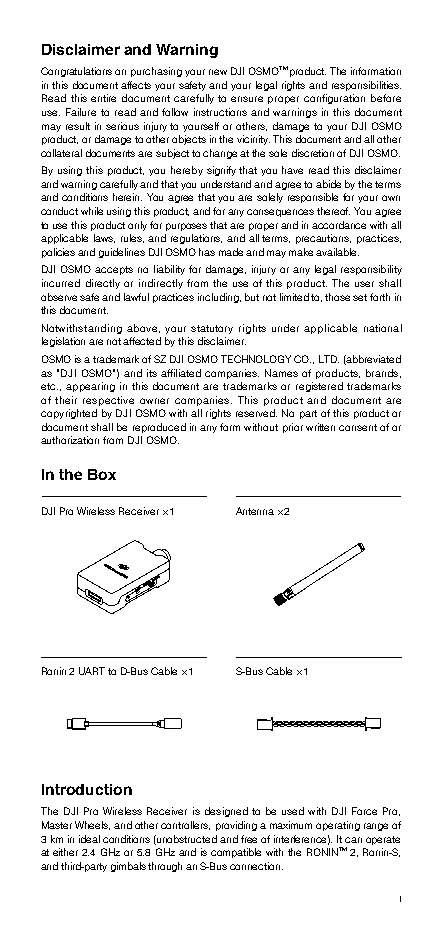
Disclaimer and Warning
 Congratulations on purchasing your new DJI OSMOTM product. The information
 in this document affects your safety and your legal rights and responsibilities.
 Read this entire document carefully to ensure proper configuration before
 use. Failure to read and follow instructions and warnings in this document
 may result in serious injury to yourself or others, damage to your DJI OSMO
 product, or damage to other objects in the vicinity. This document and all other
 collateral documents are subject to change at the sole discretion of DJI OSMO.
 By using this product, you hereby signify that you have read this disclaimer
 and warning carefully and that you understand and agree to abide by the terms
 and conditions herein. You agree that you are solely responsible for your own
 conduct while using this product, and for any consequences thereof. You agree
 to use this product only for purposes that are proper and in accordance with all
 applicable laws, rules, and regulations, and all terms, precautions, practices,
 policies and guidelines DJI OSMO has made and may make available.
 DJI OSMO accepts no liability for damage, injury or any legal responsibility
 incurred directly or indirectly from the use of this product. The user shall
 observe safe and lawful practices including, but not limited to, those set forth in
 this document.
 Notwithstanding above, your statutory rights under applicable national
 legislation are not affected by this disclaimer.
 OSMO is a trademark of SZ DJI OSMO TECHNOLOGY CO., LTD. (abbreviated
 as “DJI OSMO”) and its affiliated companies. Names of products, brands,
 etc., appearing in this document are trademarks or registered trademarks
 of their respective owner companies. This product and document are
 copyrighted by DJI OSMO with all rights reserved. No part of this product or
 document shall be reproduced in any form without prior written consent of or
 authorization from DJI OSMO.
 In the Box
 DJI Pro Wireless Receiver ×1 Antenna ×2
 Ronin 2 UART to D-Bus Cable ×1 S-Bus Cable ×1
 Introduction
 The DJI Pro Wireless Receiver is designed to be used with DJI Force Pro,
 Master Wheels, and other controllers, providing a maximum operating range of
 3 km in ideal conditions (unobstructed and free of interference). It can operate
 at either 2.4 GHz or 5.8 GHz and is compatible with the RONINTM 2, Ronin-S,
 and third-party gimbals through an S-Bus connection.
 1